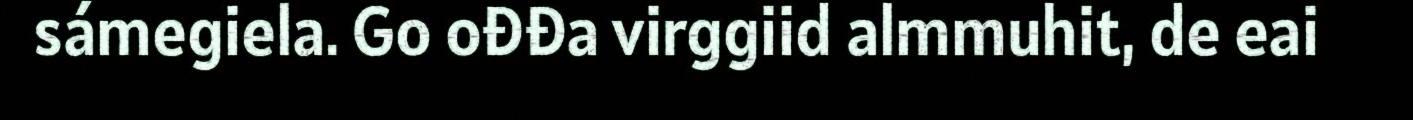
sámegiela. Go ođđa virggiid almmuhit, de eai